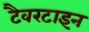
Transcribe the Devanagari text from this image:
टैवरटाइन